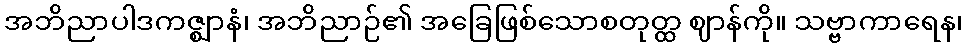
အဘိညာပါဒကဇ္ဈာနံ၊ အဘိညာဉ်၏ အခြေဖြစ်သောစတုတ္ထ ဈာန်ကို။ သဗ္ဗာကာရေန၊